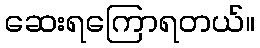
ဆေးရကြောရတယ်။